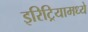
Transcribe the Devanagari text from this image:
इरिट्रियामध्ये